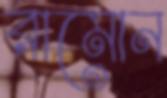
রামোন